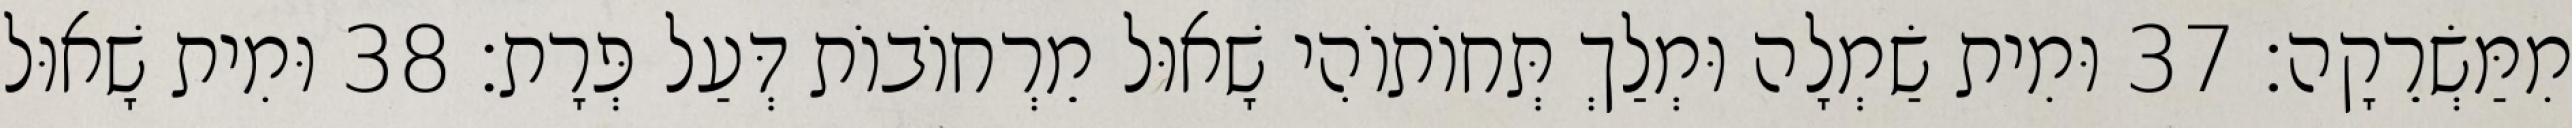
מִמַּשְׂרֵקָה׃ 37 וּמִית שַׂמְלָה וּמְלַךְ תְּחוֹתוֹהִי שָׁאוּל מֵרְחוֹבוֹת דְּעַל פְּרָת׃ 38 וּמִית שָׁאוּל